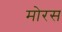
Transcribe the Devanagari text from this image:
मोरस